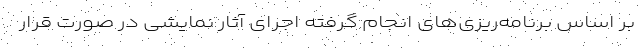
بر اساس برنامه‌ریزی‌های انجام گرفته اجرای آثار نمایشی در صورت قرار